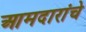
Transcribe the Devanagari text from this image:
आमदारांचे